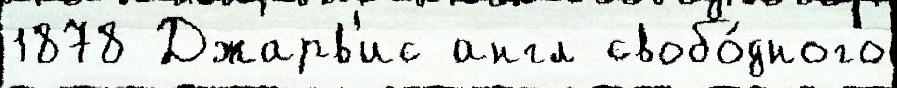
1878 Джарв'ис англ свобо́дного